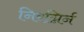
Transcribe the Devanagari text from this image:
निरग्निर्न